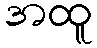
အထူ